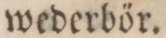
wederbör.